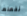
نفعلها